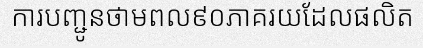
ការបញ្ជូនថាមពល៩០ភាគរយដែលផលិត